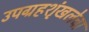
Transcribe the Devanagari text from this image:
उपग्रहशृंखलेचा